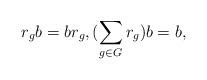
LaTeX: \begin{align*}r_gb=br_g, (\sum_{g\in G}r_g)b=b,\end{align*}